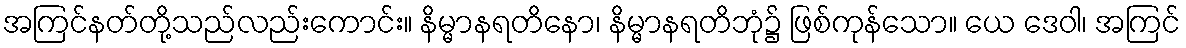
အကြင်နတ်တို့သည်လည်းကောင်း။ နိမ္မာနရတိနော၊ နိမ္မာနရတိဘုံ၌ ဖြစ်ကုန်သော။ ယေ ဒေဝါ၊ အကြင်